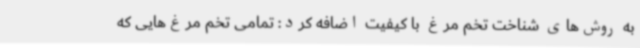
به روش‌های شناخت تخم مرغ با کیفیت اضافه کرد: تمامی تخم مرغ‌هایی که